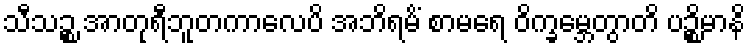
သီသဉ္စ အာတုရီဘူတကာလေပိ အဘိရမိံ စာမရေ ဝိက္ခမ္ဘေတွာတိ ပဉ္စိမာနိ